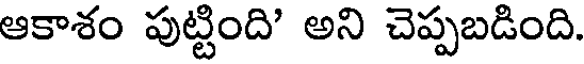
ఆకాశం పుట్టింది' అని చెప్పబడింది.